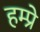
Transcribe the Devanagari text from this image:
हम्प्रे